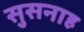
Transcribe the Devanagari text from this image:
सुसनाह